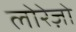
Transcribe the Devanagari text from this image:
लोरेज़ो